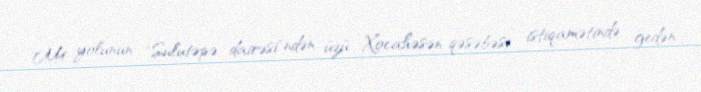
M4 yolunun "Sulutəpə dairəsi"ndən üzü Xocahəsən qəsəbəsi istiqamətində gedən